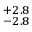
^ { + 2 . 8 } _ { - 2 . 8 }